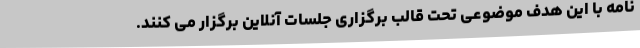
نامه با این هدف موضوعی تحت قالب برگزاری جلسات آنلاین برگزار می کنند.